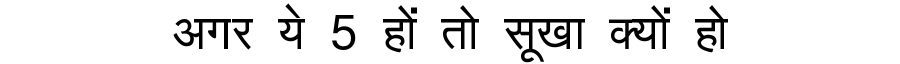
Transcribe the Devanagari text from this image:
अगर ये 5 हों तो सूखा क्यों हो